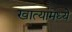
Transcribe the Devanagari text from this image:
खात्यांमध्ये